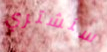
سنشتري